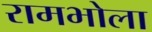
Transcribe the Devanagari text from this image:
रामभोला